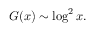
G ( x ) \sim \log ^ { 2 } x .